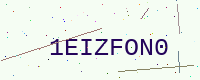
Text: 1EIZFON0